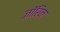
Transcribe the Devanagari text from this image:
ज़ॉरिन